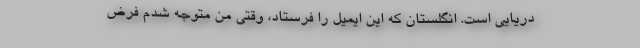
دریایی است. انگلستان که این ایمیل را فرستاد، وقتی من متوجه شدم فرض